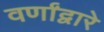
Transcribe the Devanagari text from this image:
वर्णांद्वारे